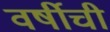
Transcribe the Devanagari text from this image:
वर्षीची